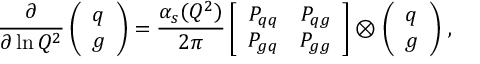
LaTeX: { \frac { \partial } { \partial \ln Q ^ { 2 } } } \left( \begin{array} { c } { { q } } \\ { { g } } \end{array} \right) = { \frac { \alpha _ { s } ( Q ^ { 2 } ) } { 2 \pi } } \left[ \begin{array} { c c } { { P _ { q q } } } & { { P _ { q g } } } \\ { { P _ { g q } } } & { { P _ { g g } } } \end{array} \right] \otimes \left( \begin{array} { c } { { q } } \\ { { g } } \end{array} \right) \, ,